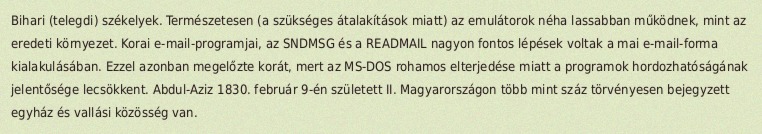
Bihari (telegdi) székelyek. Természetesen (a szükséges átalakítások miatt) az emulátorok néha lassabban működnek, mint az eredeti környezet. Korai e-mail-programjai, az SNDMSG és a READMAIL nagyon fontos lépések voltak a mai e-mail-forma kialakulásában. Ezzel azonban megelőzte korát, mert az MS-DOS rohamos elterjedése miatt a programok hordozhatóságának jelentősége lecsökkent. Abdul-Aziz 1830. február 9-én született II. Magyarországon több mint száz törvényesen bejegyzett egyház és vallási közösség van.